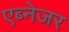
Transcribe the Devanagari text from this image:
एब्नेजर